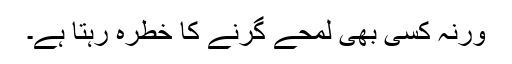
ورنہ کسی بھی لمحے گرنے کا خطرہ رہتا ہے۔